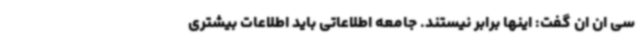
سی ان ان گفت: اینها برابر نیستند. جامعه اطلاعاتی باید اطلاعات بیشتری